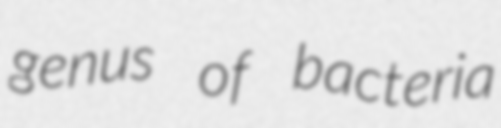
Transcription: genus of bacteria